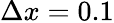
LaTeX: \Delta x=0.1